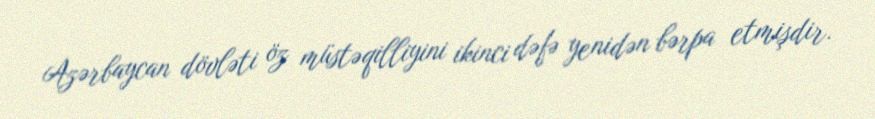
Azərbaycan dövləti öz müstəqilliyini ikinci dəfə yenidən bərpa etmişdir.